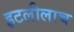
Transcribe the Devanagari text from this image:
इटलीलाच